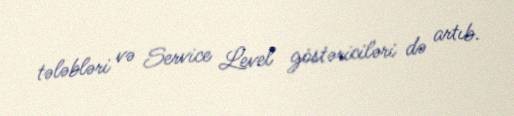
tələbləri və Service Level göstəriciləri də artıb.